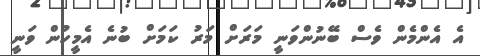
އެ އެންމެން ވެސް ބޭނުންވަނީ މަރަށް މަރު ކަމަށް ބުނެ އެމީހުން ވަނީ